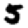
Digit: 5